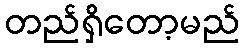
တည်ရှိတော့မည်